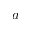
a